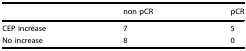
<table><thead><tr><td></td><td><b>non pCR</b></td><td><b>pCR</b></td></tr></thead><tbody><tr><td>CEP increase</td><td>7</td><td>5</td></tr><tr><td>No increase</td><td>8</td><td>0</td></tr></tbody></table>